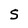
Character: S